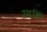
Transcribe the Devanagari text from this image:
रसहिं